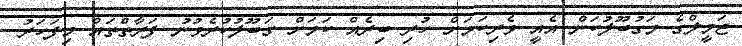
ޖަމީލްގެ މަގުބޫލުކަން އެއީ ވެރިކަމަށް ހުރި ބިރެއް ކަމަށް ގަބޫލުކުރެވުނު ފަރާތްތައް މިފަހަރު